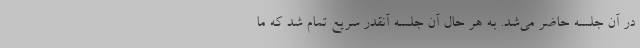
در آن جلسه حاضر می‌شد. به هر حال آن جلسه آنقدر سریع تمام شد که ما